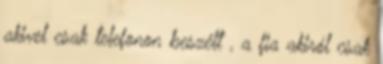
akivel csak telefonon beszélt , a fia akiról csak